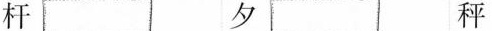
杆 夕 秤